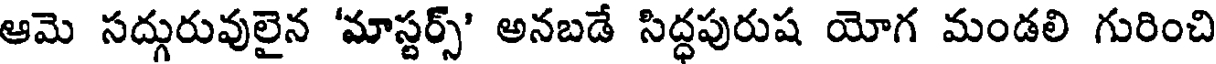
ఆమె సద్గురువులైన 'మాస్టర్స్' అనబడే సిద్ధపురుష యోగ మండలి గురించి